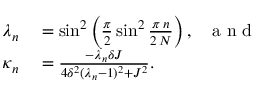
\begin{array} { r l } { \lambda _ { n } } & { { } = \sin ^ { 2 } \left( \frac { \pi } { 2 } \sin ^ { 2 } \frac { \pi \, n } { 2 \, N } \right) , ~ ~ \mathrm { ~ a ~ n ~ d ~ } } \\ { \kappa _ { n } } & { { } = \frac { - \dot { \lambda _ { n } } \delta J } { 4 \delta ^ { 2 } ( \lambda _ { n } - 1 ) ^ { 2 } + J ^ { 2 } } . } \end{array}